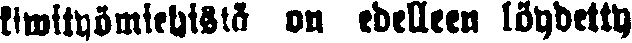
kiwityömiehistö on edelleen löydetty